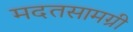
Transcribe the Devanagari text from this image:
मदतसामग्री